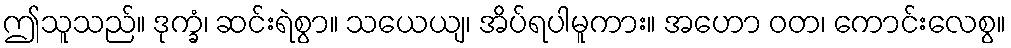
ဤသူသည်။ ဒုက္ခံ၊ ဆင်းရဲစွာ။ သယေယျ၊ အိပ်ရပါမူကား။ အဟော ဝတ၊ ကောင်းလေစွ။